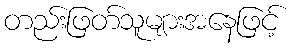
တည်းဖြတ်သူများအနေဖြင့်